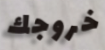
خروجك